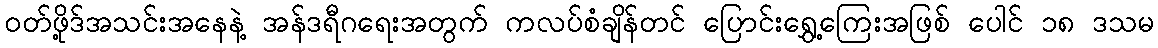
ဝတ်ဖို့ဒ်အသင်းအနေနဲ့ အန်ဒရီဂရေးအတွက် ကလပ်စံချိန်တင် ပြောင်းရွှေ့ကြေးအဖြစ် ပေါင် ၁၈ ဒသမ